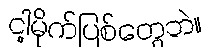
ငါ့မိုက်ပြစ်တွေဘဲ။